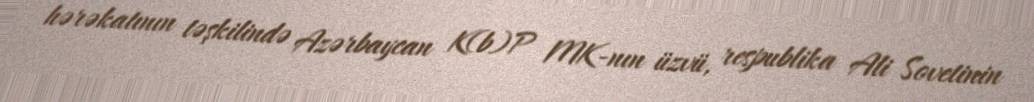
hərəkatının təşkilində Azərbaycan K(b)P MK-nın üzvü, respublika Ali Sovetinin